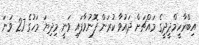
އިބްރާހީމްދީދީގެ މައްޗަށް ދައުވާ ކުރަން ފޮނުވާފައި ވަނީ މިދިޔަ މަހުގެ 27 ވަނަ